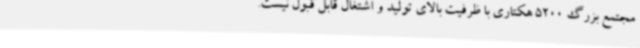
مجتمع بزرگ 5200 هکتاری با ظرفیت بالای تولید و اشتغال قابل قبول نیست.